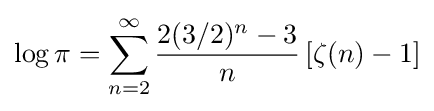
\log \pi =\sum _{n=2}^{\infty }{\frac {2(3/2)^{n}-3}{n}}\left[\zeta (n)-1\right]